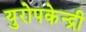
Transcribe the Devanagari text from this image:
युरोपकेन्द्री